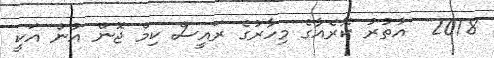
2018  އުތުރު ކޮރެއާގެ މިހާރުގެ ރައީސް ކިމް ޖޮން އުން އަކީ